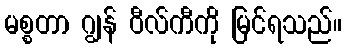
မစ္စတာ ဂျွန် ဝီလ်ကီကို မြင်ရသည်။